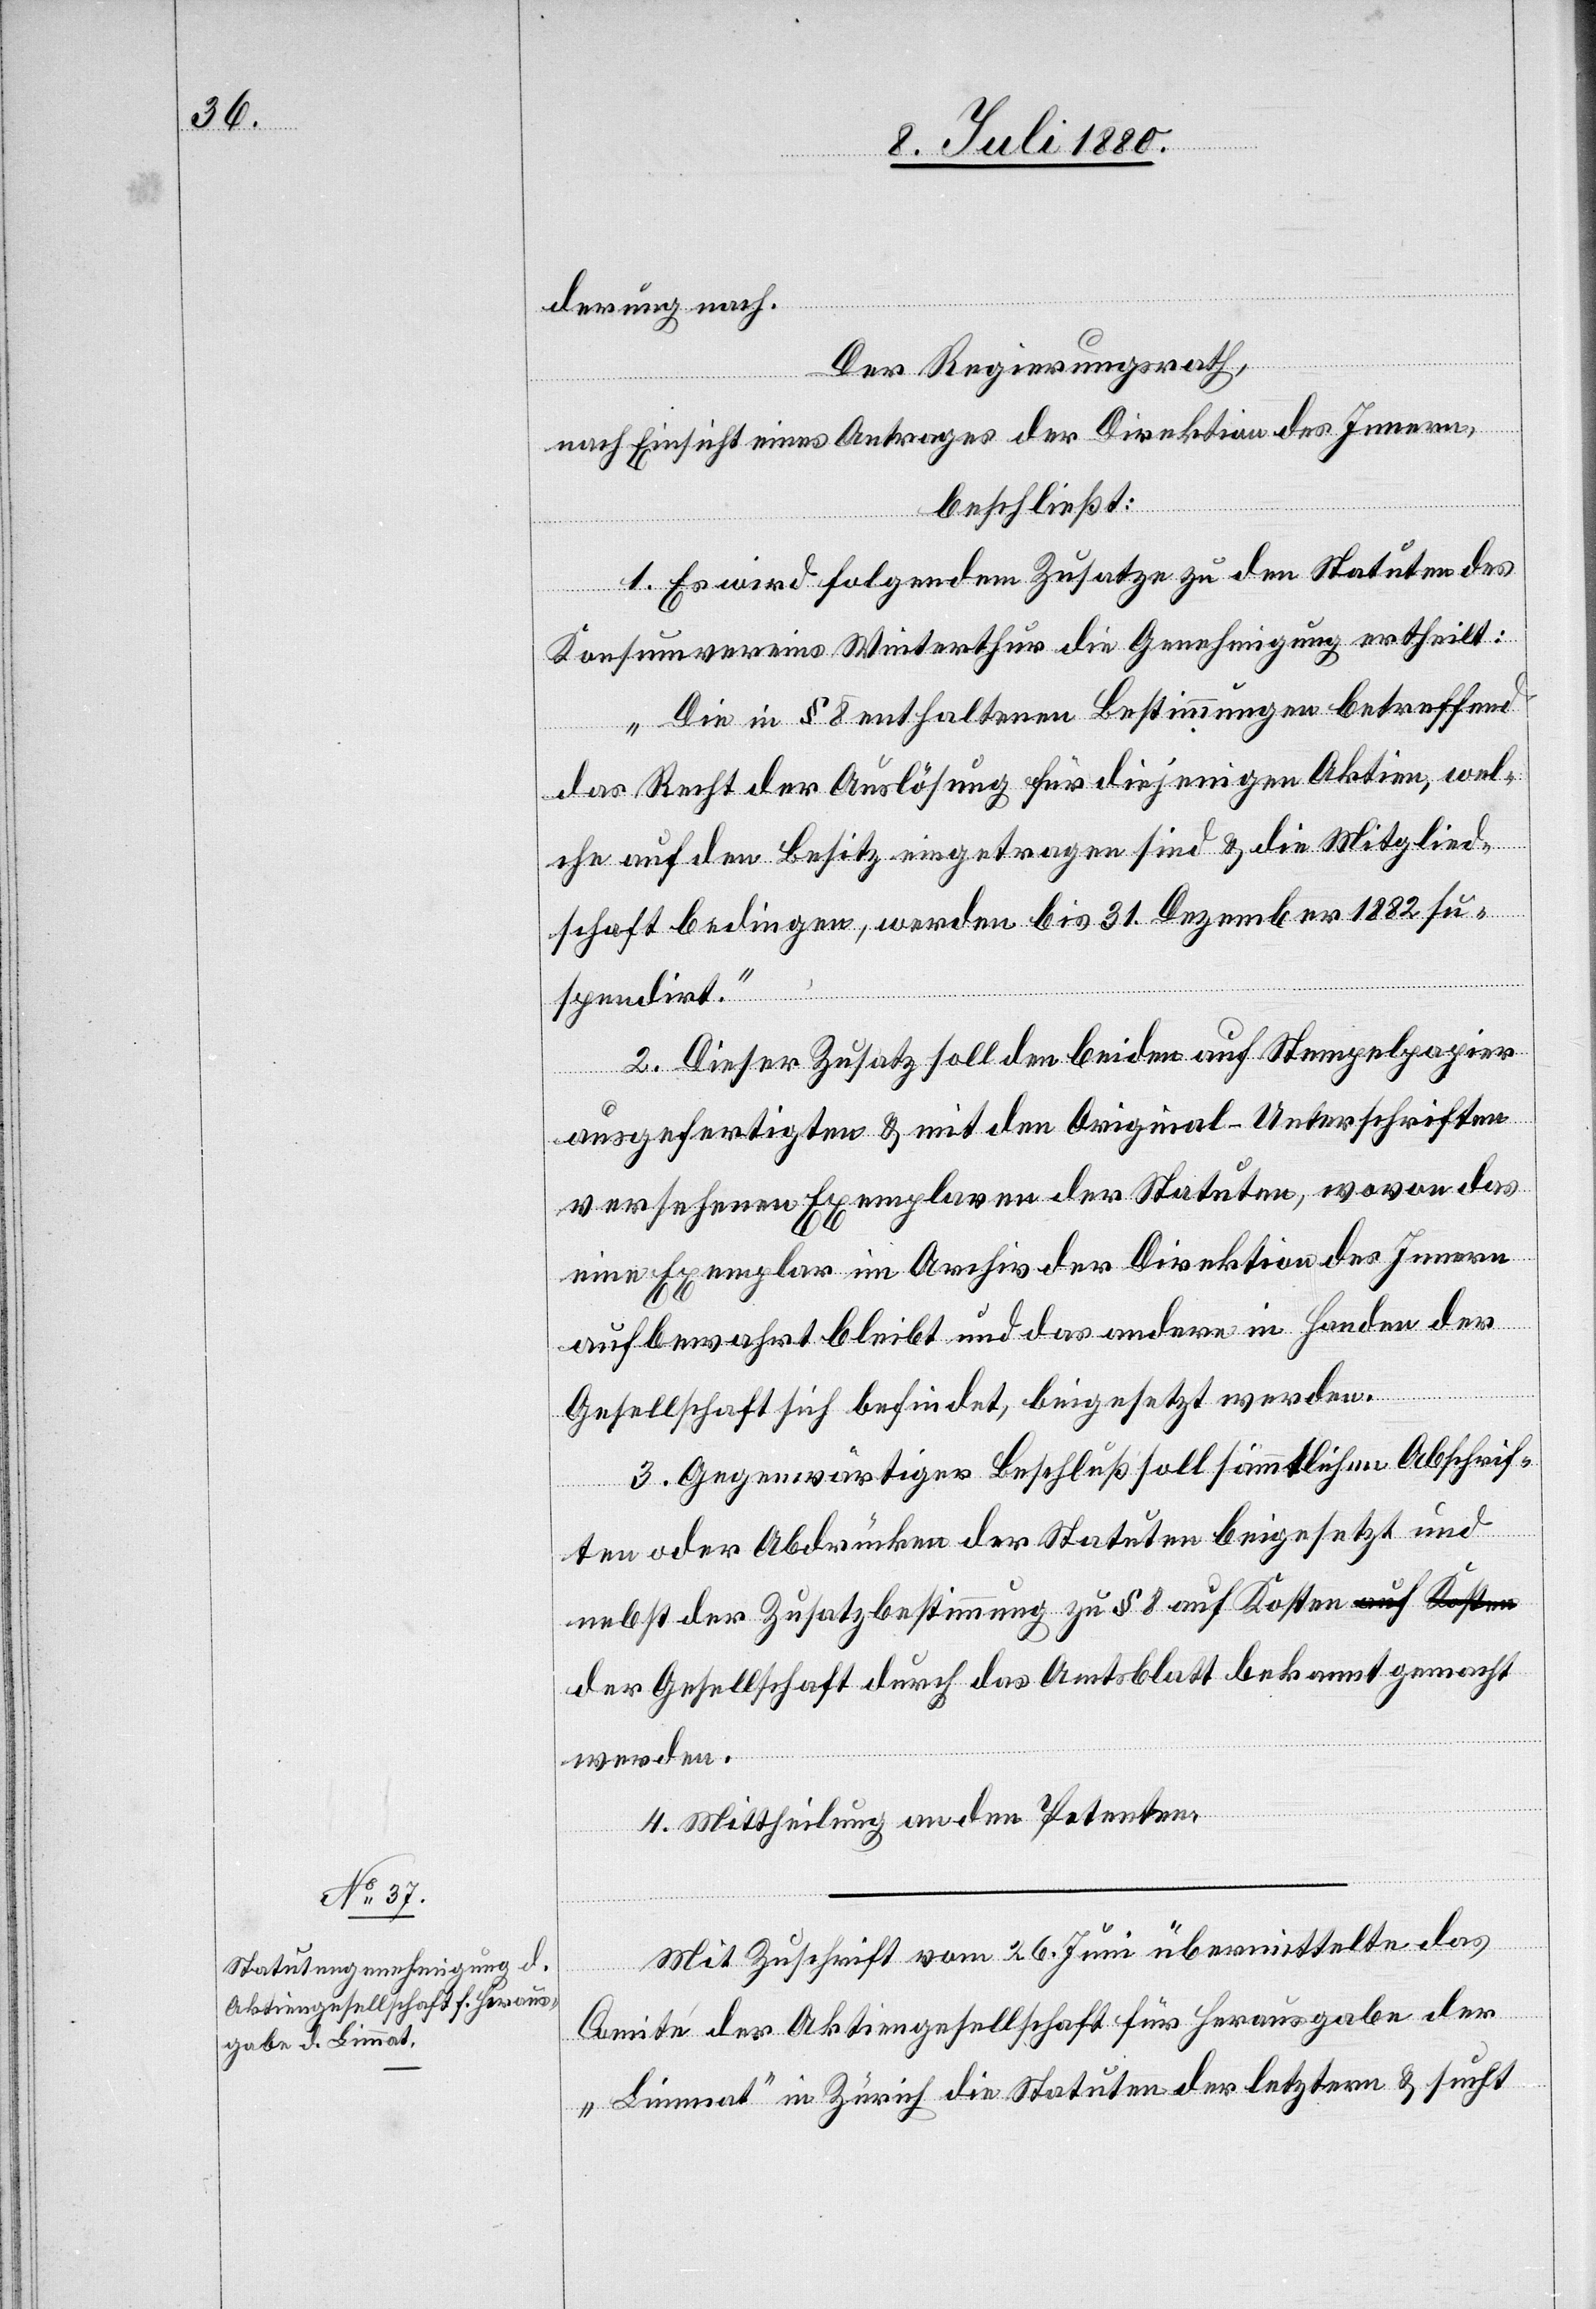
derung nach.
Der Regierungsrath,
nach Einsicht eines Antrages der Direktion des Innern,
beschließt:
1. Es wird folgendem Zusatze zu den Statuten des
Konsumvereins Winterthur die Genehmigung ertheilt:
„Die in § 8 enthaltenen Bestimmungen betreffend
das Recht der Auslösung für diejenigen Aktien, wel¬
che auf den Besitz eingetragen sind & die Mitglied¬
schaft bedingen, werden bis 31. Dezember 1882 su¬
spendirt.“
2. Dieser Zusatz soll den beiden auf Stempelpapier
ausgefertigten & mit den Original-Unterschriften
versehenen Exemplaren der Statuten, wovon das
eine Exemplar im Archiv der Direktion des Innern
aufbewahrt bleibt und das andere in Handen der
Gesellschaft sich befindet, beigesetzt werden.
3. Gegenwärtiger Beschluß soll sämmtlichen Abschrif¬
nnt
ten oder Abdrücken der Statuten beigesetzt und
nebst der Zusatzbestimmung zu § 8 auf Kosten der Gesel¬
acht
werden.
4. Mittheilung an den Petenten.
Mit Zuschrift vom 26. Juni übermittelte das
Comité der Aktiengesellschaft für Herausgabe der
„Limmat“ in Zürich die Statuen der letztern & sucht